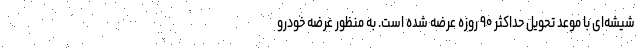
شیشه‌ای با موعد تحویل حداکثر ۹۰ روزه عرضه شده است. به منظور عرضه خودرو